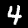
Label: 4